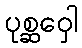
ပုစ္ဆဝှေါ